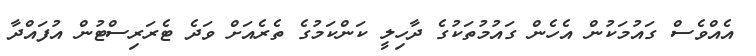
އެއްވެސް ގައުމަކުން އެހެން ގައުމުތަކުގެ ދާހިލީ ކަންކަމުގެ ތެރެއަށް ވަދެ ޓެރަރިސްޓުން އުފައްދާ